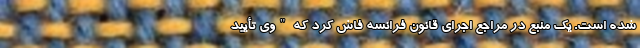
شده است. یک منبع در مراجع اجرای قانون فرانسه فاش کرد که "وی تأیید